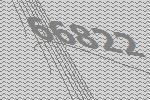
66822